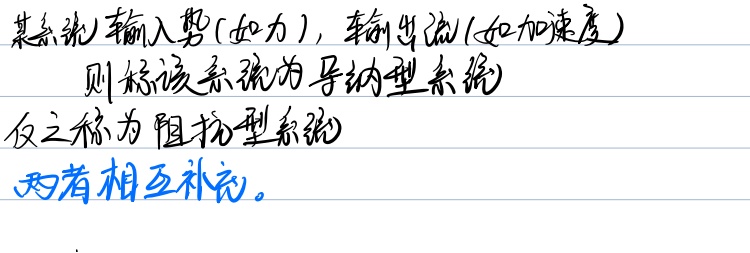
某系统输入势(如力)，输出流(如加速度)，则称该系统为导纳型系统；反之称为阻抗型系统，两者相互补充。